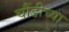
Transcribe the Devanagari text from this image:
चौंडीच्या